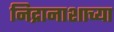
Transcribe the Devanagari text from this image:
निद्रानाशाच्या